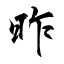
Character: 昨